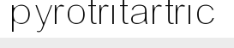
pyrotritartric